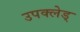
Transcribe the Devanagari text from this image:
उपक्लेड्